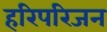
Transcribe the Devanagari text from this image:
हरिपरिजन